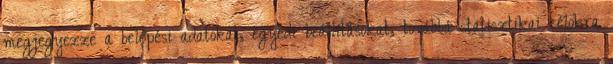
megjegyezze a belépési adatokat, egyedi beállításokat, továbbá statisztikai célokra